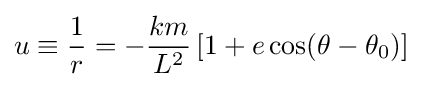
u\equiv {\frac {1}{r}}=-{\frac {km}{L^{2}}}\left[1+e\cos(\theta -\theta _{0})\right]